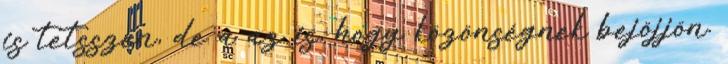
is tetsszen, de a az is, hogy közönségnek bejöjjön.